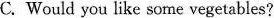
C. Would you like some vegetables?